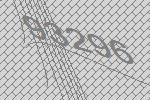
93296